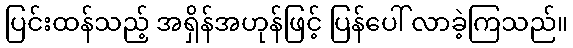
ပြင်းထန်သည့် အရှိန်အဟုန်ဖြင့် ပြန်ပေါ် လာခဲ့ကြသည်။